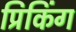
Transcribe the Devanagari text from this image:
प्रिकिंग